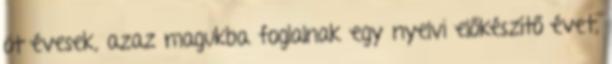
öt évesek, azaz magukba foglalnak egy nyelvi előkészítő évet,